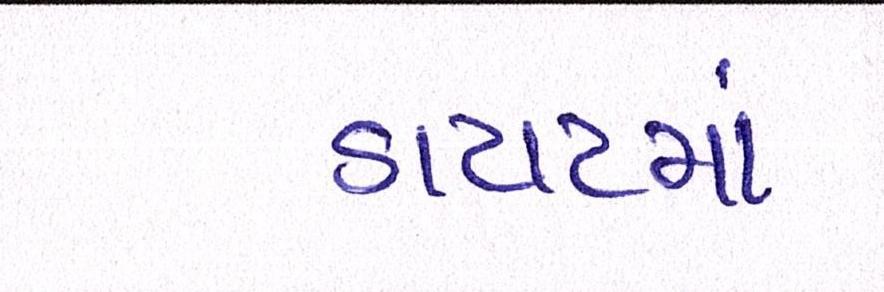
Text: ડાયટમાં